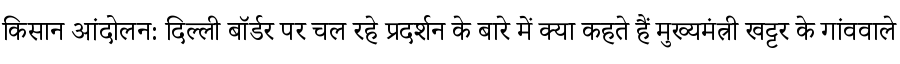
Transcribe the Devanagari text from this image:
किसान आंदोलन: दिल्ली बॉर्डर पर चल रहे प्रदर्शन के बारे में क्या कहते हैं मुख्यमंत्री खट्टर के गांववाले